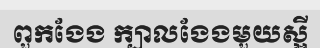
ពួកងែង ក្បាលងែងមួយស្អី